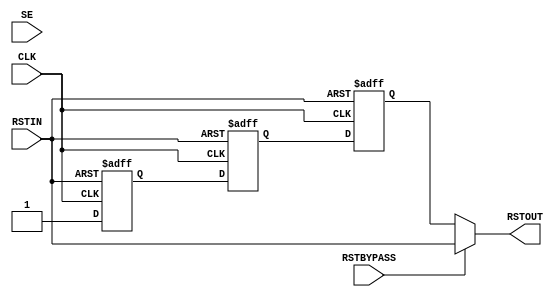
module cm0_dbg_reset_sync #(parameter PRESENT = 1)
                           (input  wire RSTIN,
                            input  wire CLK,
                            input  wire SE,
                            input  wire RSTBYPASS,
                            output wire RSTOUT);

  // This module is instantiated where a reset synchroniser is required.
  // The purpose of this module is to produce a reset which is asynchronously
  // asserted and synchronously deasserted from a reset that is both asserted
  // and deasserted asynchronously. Note that it is assumed here that
  // the resets in question are active LOW

  // ------------------------------------------------------------
  // NOTE: THIS MODULE IS NOT INTENDED FOR USE IN SYNTHESIS
  // IT IS STRONGLY RECOMMENDED THAT AN EQUIVALENT MODULE
  // DIRECTLY INSTANTIATING CELLS FROM YOUR LIBRARY THAT MEET
  // THE REQUIREMENTS DETAILED BELOW IS USED INSTEAD
  // ------------------------------------------------------------

  // Requirements
  // -------------

  // 1 - The final D-type in the synchroniser must be guaranteed to
  // change cleanly (i.e. never glitch) whilst reset is held
  // inactive

  // ------------------------------------------------------------
  // Reference model for reset synchroniser
  // ------------------------------------------------------------

  reg  rst_sync0, rst_sync1, rst_sync2;

  wire cfg_present = (PRESENT != 0);

  always @(posedge CLK or negedge RSTIN)
    if (~RSTIN) begin
      rst_sync0 <= 1'b0;
      rst_sync1 <= 1'b0;
      rst_sync2 <= 1'b0;
    end else if (cfg_present) begin
      rst_sync0 <= 1'b1;
      rst_sync1 <= rst_sync0;
      rst_sync2 <= rst_sync1;
    end

  assign RSTOUT = (RSTBYPASS | ~cfg_present) ? RSTIN : rst_sync2;

endmodule